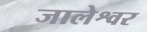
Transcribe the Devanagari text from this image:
जालेश्वर